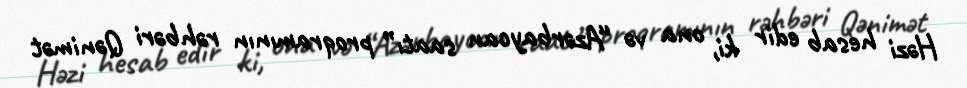
Həzi hesab edir ki, ona və “Azərbaycan saatı” proqramının rəhbəri Qənimət